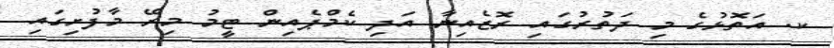
ކ. އަތޮޅުގެ މި ދަތުރުގައި ރޮޒެއިނާ އަދި ކެމްޕެއިން ޓީމު މިރޭ މާފުށިގައި